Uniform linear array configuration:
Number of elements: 24
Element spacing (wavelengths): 0.25
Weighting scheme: hamming
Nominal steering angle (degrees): -30
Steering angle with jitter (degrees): -30.945
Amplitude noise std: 0.05
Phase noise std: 0.05

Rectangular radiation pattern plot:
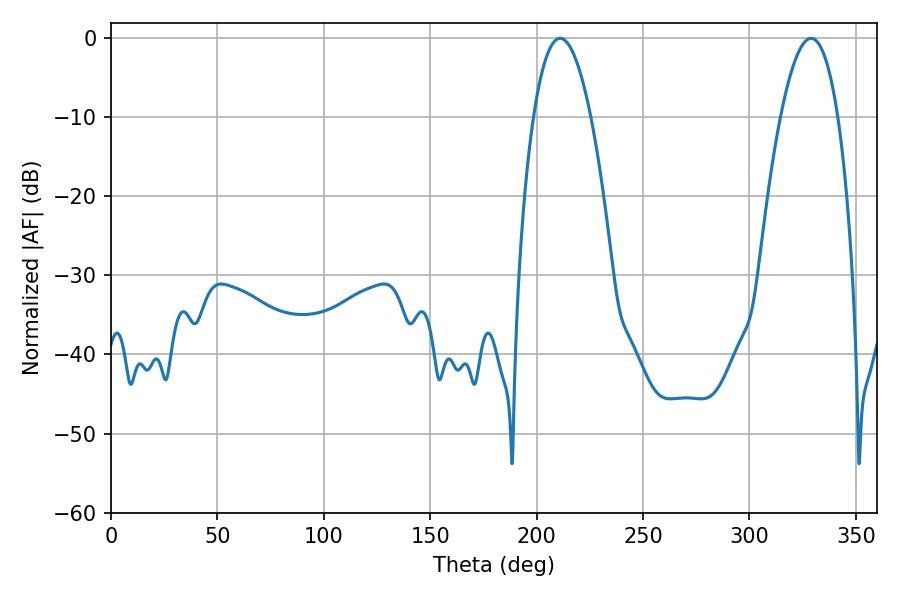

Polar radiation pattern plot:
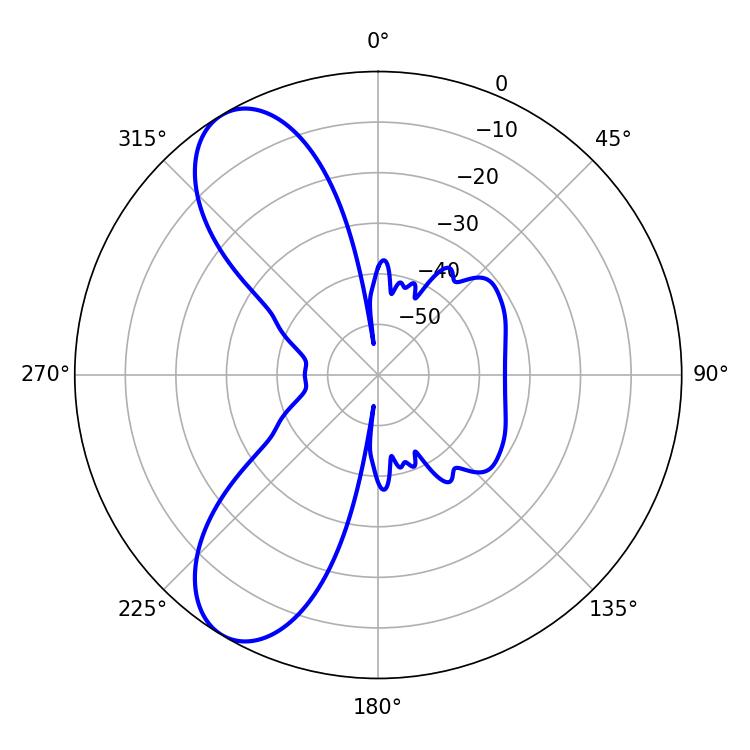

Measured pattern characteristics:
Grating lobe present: FALSE
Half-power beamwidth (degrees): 14.76
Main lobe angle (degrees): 210.96